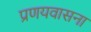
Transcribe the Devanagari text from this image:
प्रणयवासना